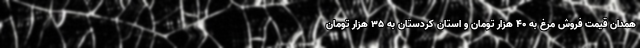
همدان قیمت فروش مرغ به ۴۰ هزار تومان و استان کردستان به ۳۵ هزار تومان